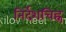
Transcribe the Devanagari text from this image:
निर्देशचिह्न